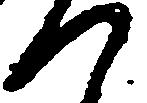
つ